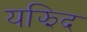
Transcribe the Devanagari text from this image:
यझिद